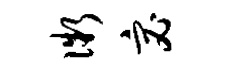
微宓